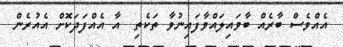
އެއްވެސް ބާރެއް ބާވައިލައްވާފައިނުވާ ތަކެތި  އާ އެއްފަދަކޮށް އެއުރެން